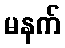
မနက်